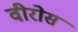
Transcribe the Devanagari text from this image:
वीरोस